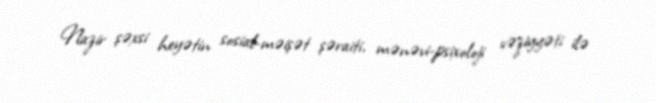
Nazir şəxsi heyətin sosial-məişət şəraiti, mənəvi-psixoloji vəziyyəti ilə